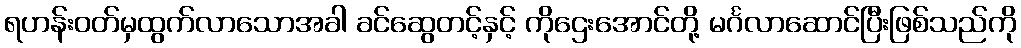
ရဟန်းဝတ်မှထွက်လာသောအခါ ခင်ဆွေတင့်နှင့် ကိုဌေးအောင်တို့ မင်္ဂလာဆောင်ပြီးဖြစ်သည်ကို